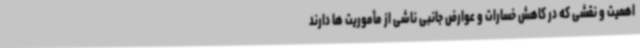
اهمیت و نقشی که در کاهش خسارات و عوارض جانبی ناشی از مأموریت ها دارند